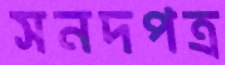
সনদপত্র